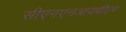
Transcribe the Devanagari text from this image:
सीएनएनआयबीएन